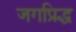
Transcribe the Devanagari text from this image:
जगप्रिद्ध